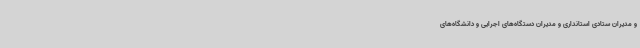
و مدیران ستادی استانداری و مدیران دستگاه‌های اجرایی و دانشگاه‌های